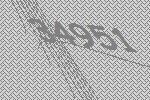
34951